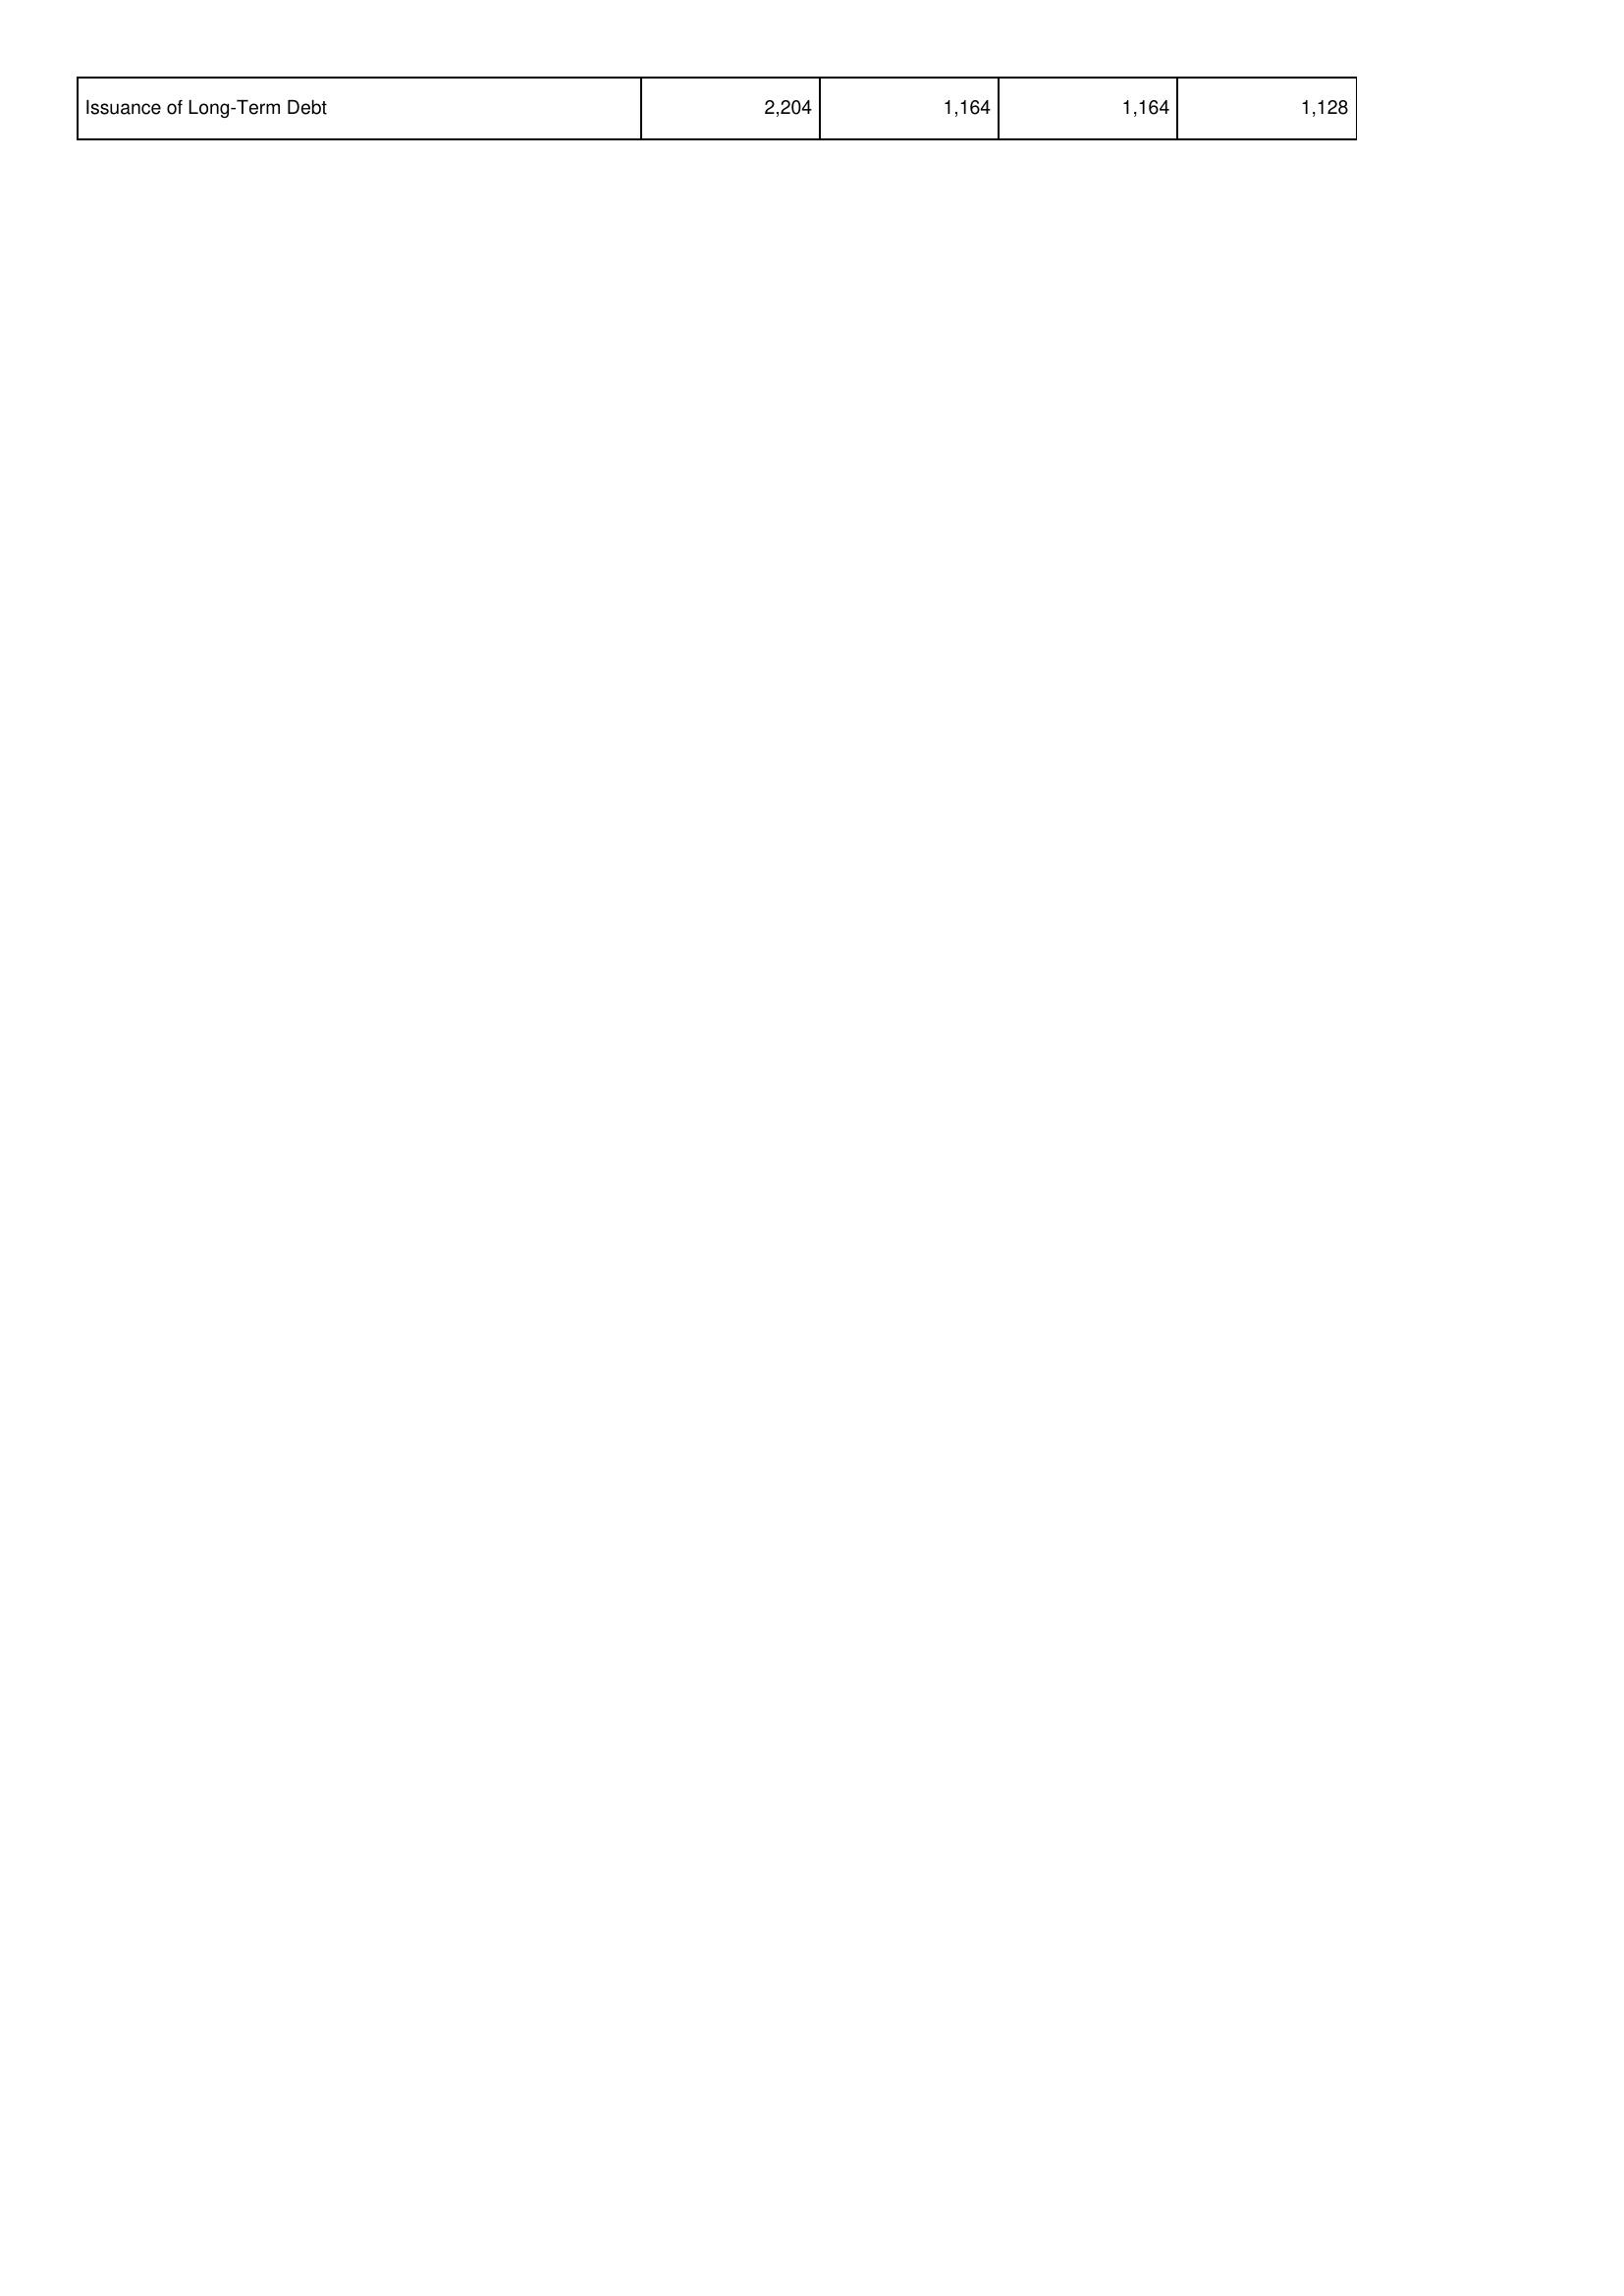
2023: Financing Activities: Issuance of Long-Term Debt: 2,204
2022: Financing Activities: Issuance of Long-Term Debt: 1,164
2021: Financing Activities: Issuance of Long-Term Debt: 1,164
2020: Financing Activities: Issuance of Long-Term Debt: 1,128